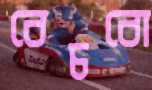
বেচবো